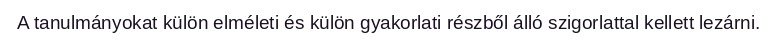
A tanulmányokat külön elméleti és külön gyakorlati részből álló szigorlattal kellett lezárni.